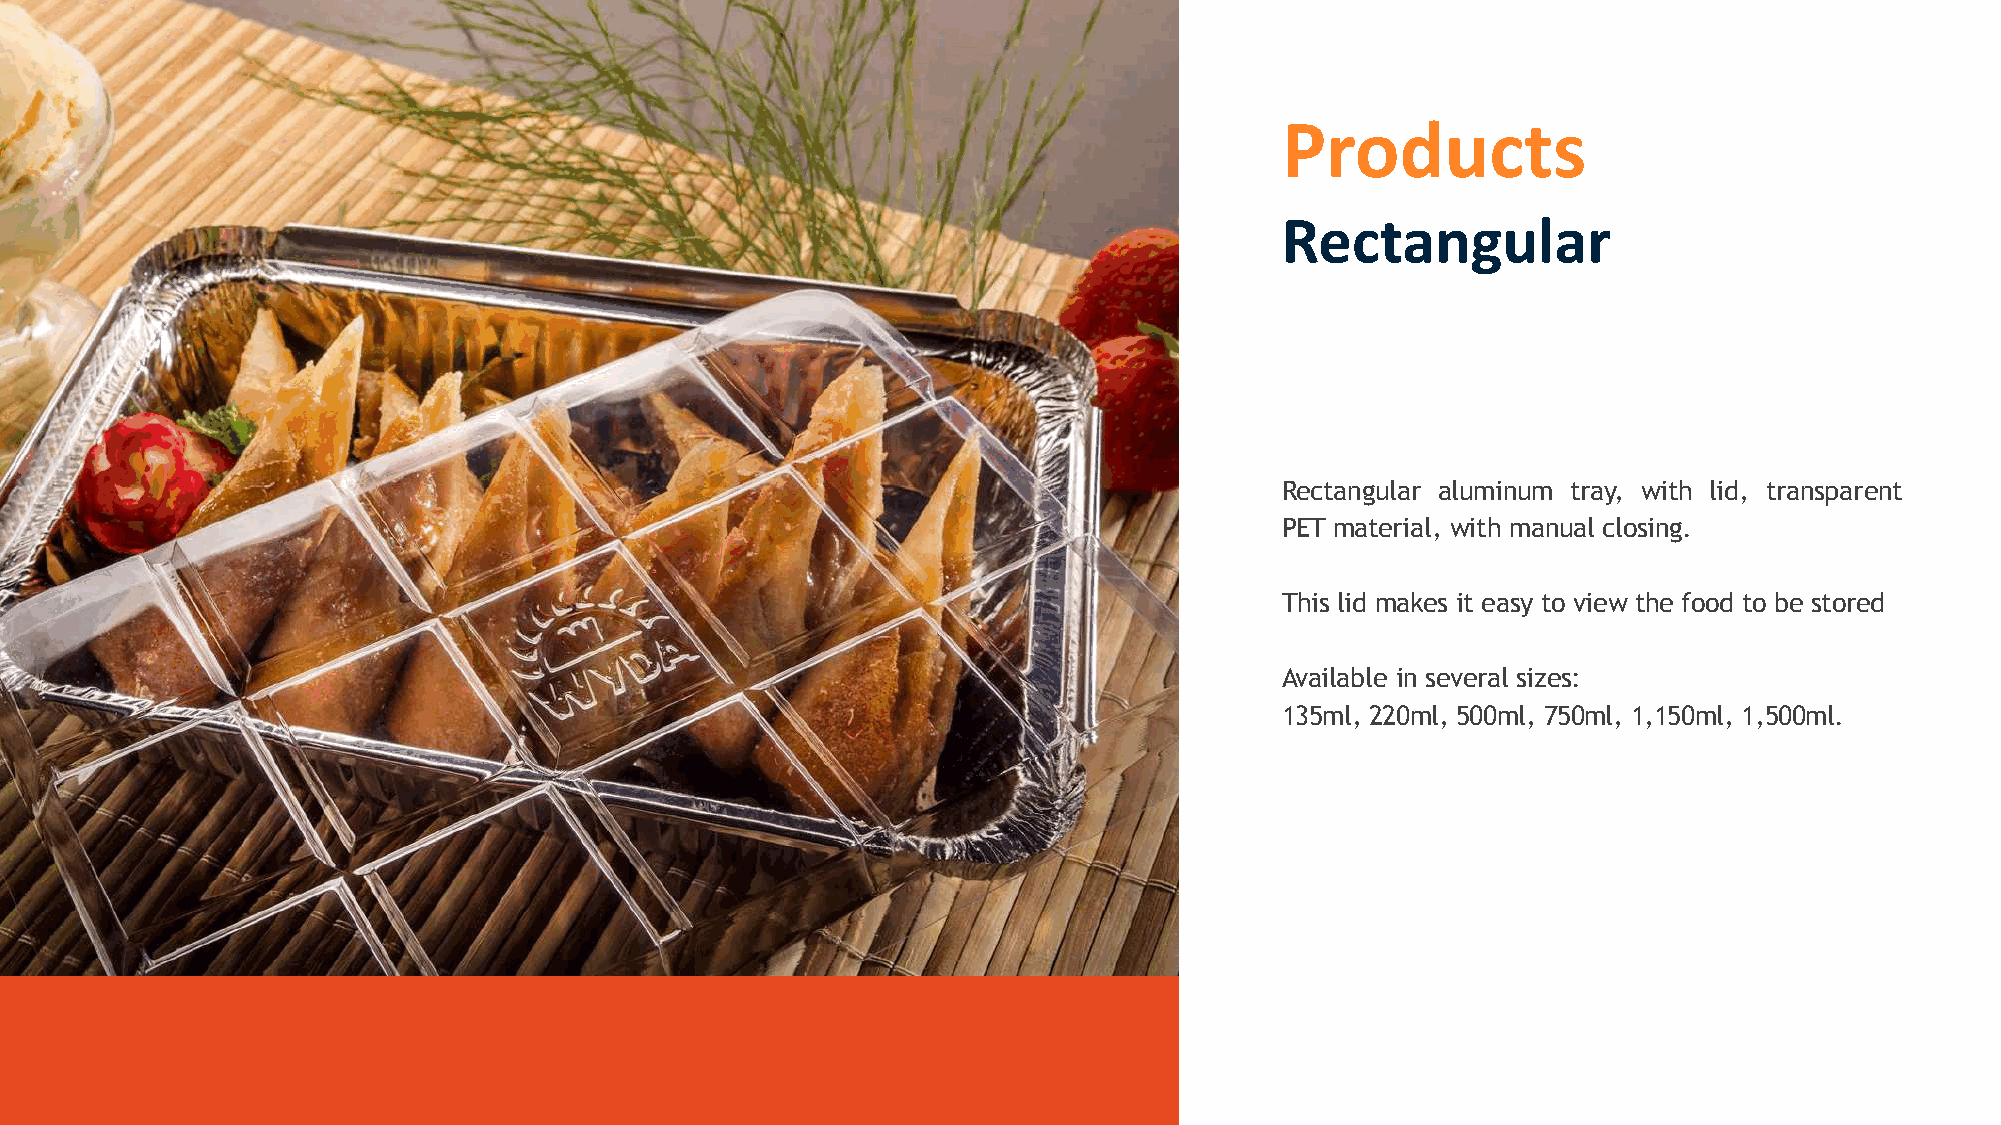
Products
 Rectangular
 Rectangular aluminum tray, with lid, transparent
 PET material, with manual closing.
 This lid makes it easy to view the food to be stored
 Available in several sizes:
 135ml, 220ml, 500ml, 750ml, 1,150ml, 1,500ml.